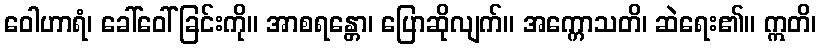
ဝေါဟာရံ၊ ခေါ်ဝေါ်ခြင်းကို။ အာစရန္တော၊ ပြောဆိုလျက်။ အက္ကောသတိ၊ ဆဲရေး၏။ ဣတိ၊